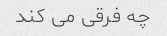
چه فرقی می کند